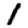
Digit: 1